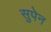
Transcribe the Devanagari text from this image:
सुपेन